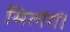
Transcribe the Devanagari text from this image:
मिलेंगें।